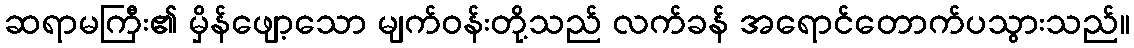
ဆရာမကြီး၏ မှိန်ဖျော့သော မျက်ဝန်းတို့သည် လက်ခန် အရောင်တောက်ပသွားသည်။